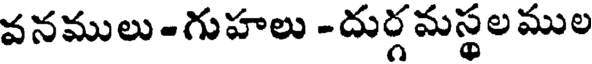
వనములు -గుహలు -దుర్గమస్థల ముల